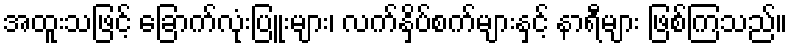
အထူးသဖြင့် ခြောက်လုံးပြူးများ၊ လက်နှိပ်စက်များနှင့် နာရီများ ဖြစ်ကြသည်။